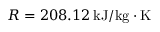
R = 2 0 8 . 1 2 \, \mathrm { k J } / \mathrm { k g } \cdot \mathrm { K }